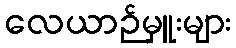
လေယာဉ်မှူးများ